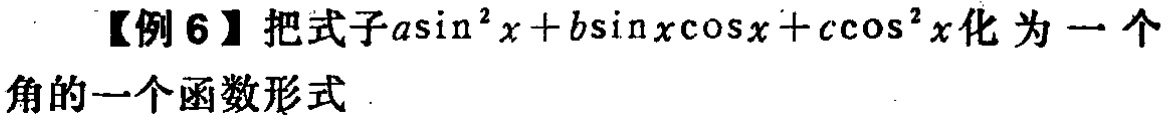
引起了著名数学家欧拉的极大兴趣。开初，欧拉采用了各  不同的方法来估计这个无穷级数的和，但都不能使他满意。后来，欧拉采用了不寻常的、大胆的类比——将幂级数展开式所得到的无限次方程与有限次方程作类比，终于很巧妙地推算出